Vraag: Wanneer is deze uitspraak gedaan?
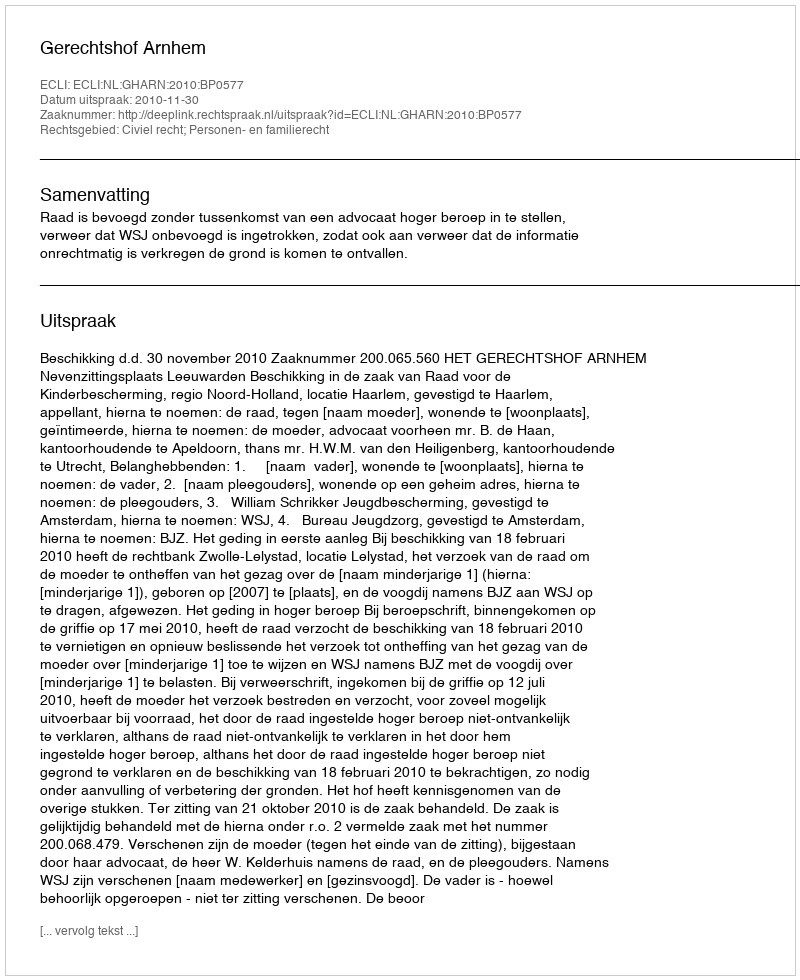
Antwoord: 2010-11-30